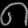
Digit: ၈